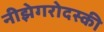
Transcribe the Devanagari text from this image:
नीझेगरोदस्की